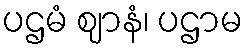
ပဌမံ ဈာနံ၊ ပဌာမ